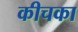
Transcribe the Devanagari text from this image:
कीचका